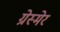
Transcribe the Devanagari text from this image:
ग्रेस्मेर